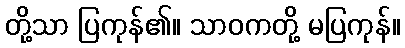
တို့သာ ပြကုန်၏။ သာဝကတို့ မပြကုန်။